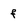
Character: f